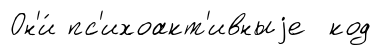
Он'и́ пс'ихоакт'ивныjе код